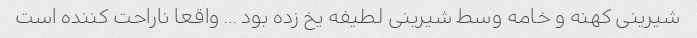
شیرینی کهنه و خامه وسط شیرینی لطیفه یخ زده بود … واقعا ناراحت کننده است